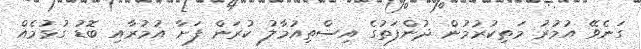
ގަނެވޭ އުމުރު މަތިކުރުމުން ދުންފަތުގެ އިސްތިއުމާލު ކުރަން ފަށާ އުމުރާއި ބޮޑު ގުޅުމެއް